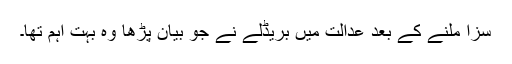
سزا ملنے کے بعد عدالت میں بریڈلے نے جو بیان پڑھا وہ بہت اہم تھا۔